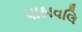
પાઠાવલિ